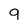
Character: 9